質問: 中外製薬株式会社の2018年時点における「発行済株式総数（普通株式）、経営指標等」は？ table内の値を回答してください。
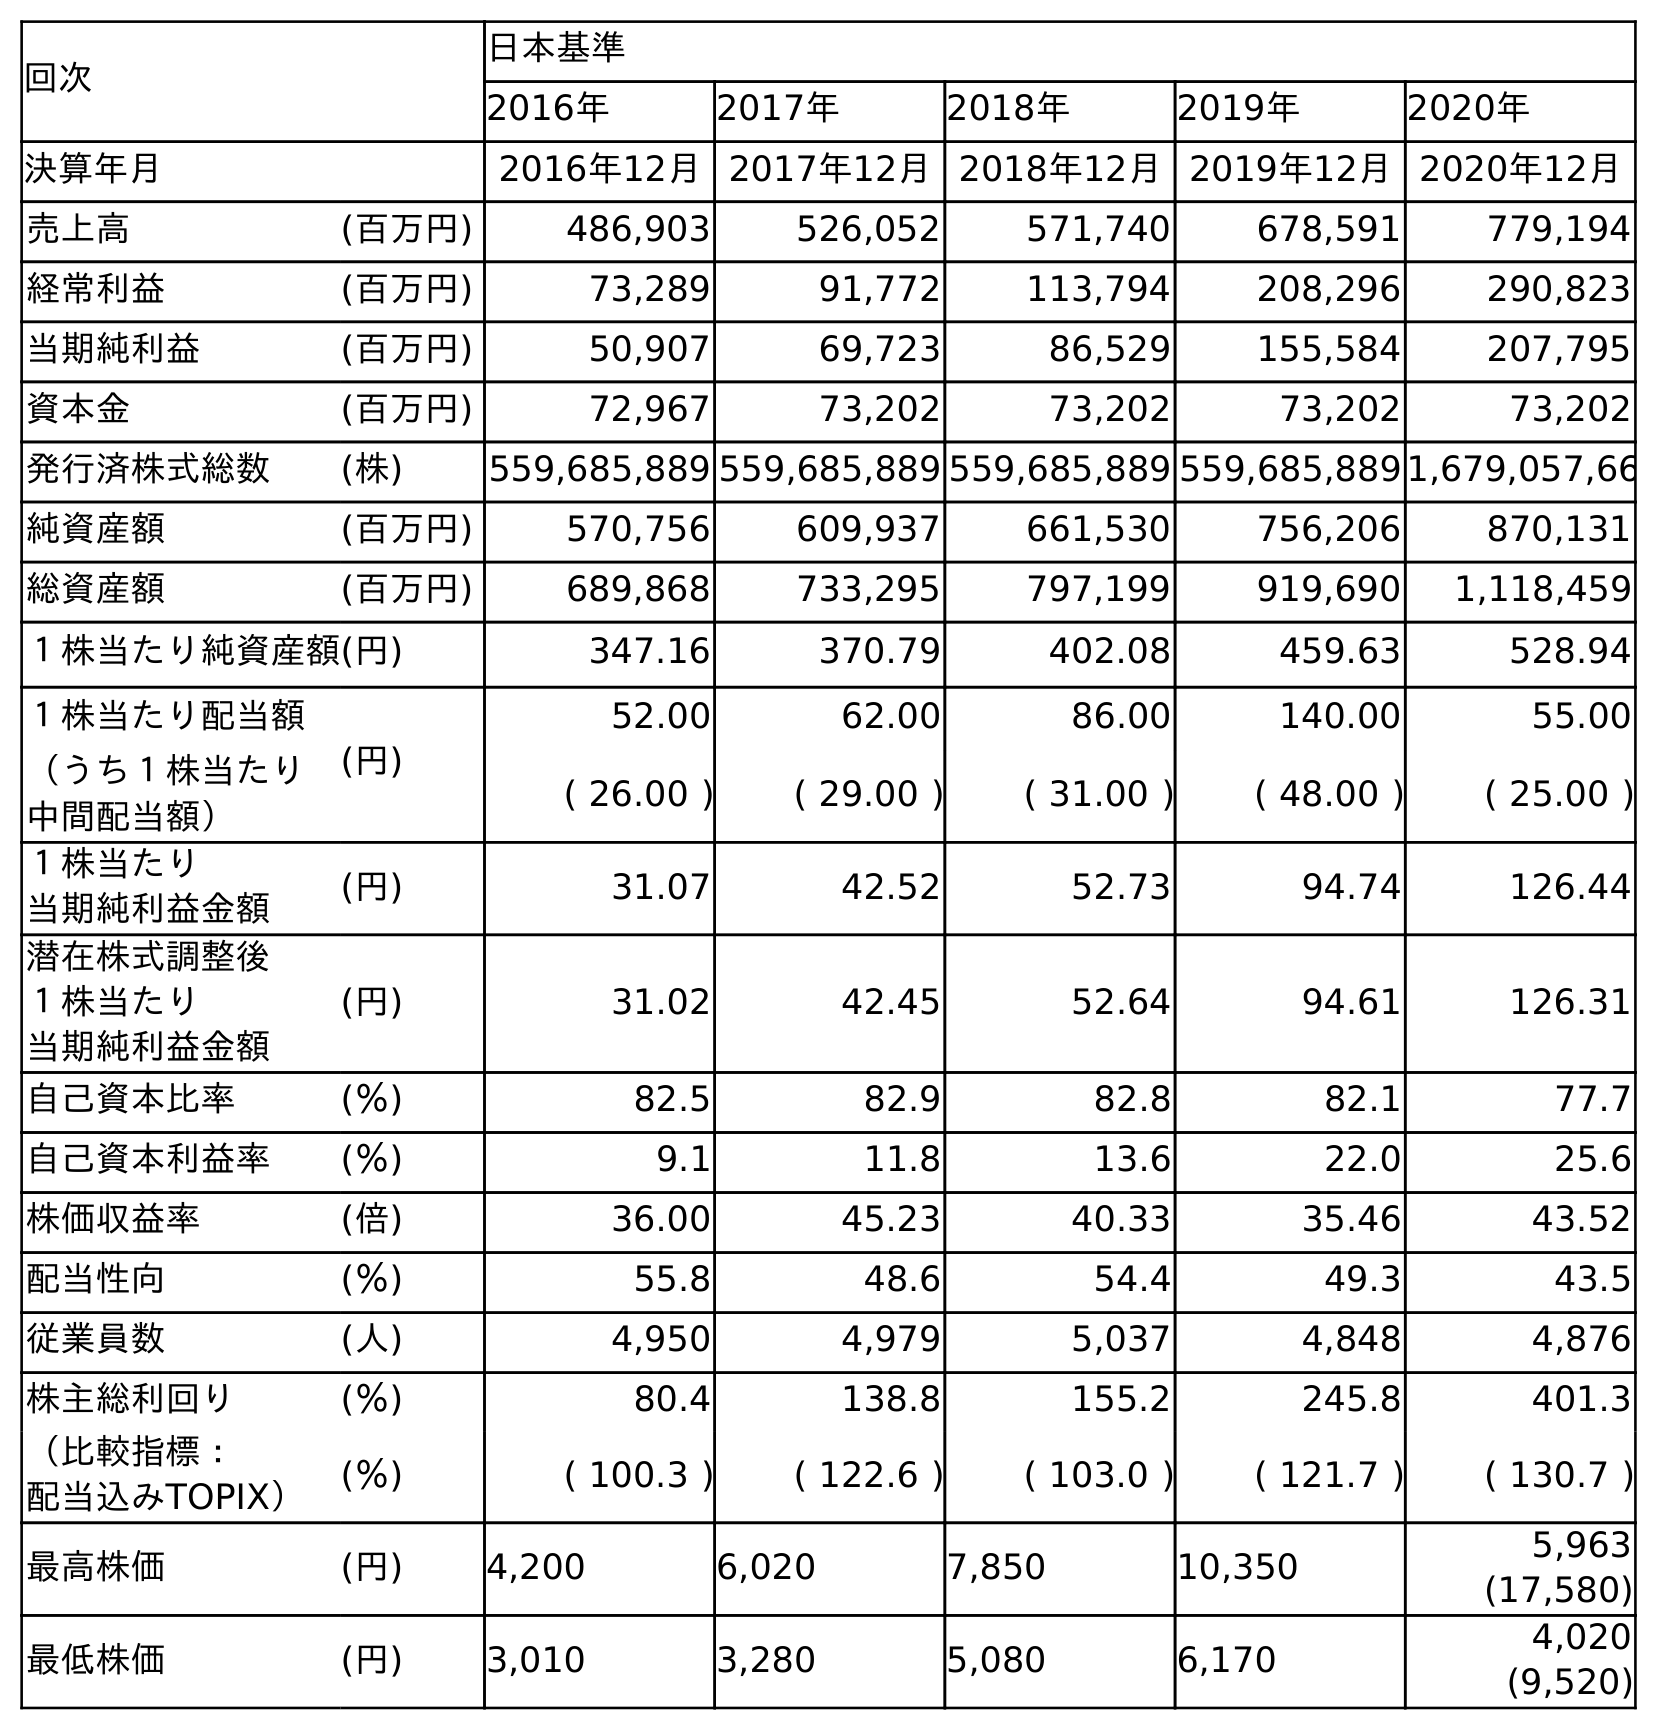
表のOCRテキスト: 回次 日本基準 2016年 2017年 2018年 2019年 2020年 決算年月 2016年12月2017年12月2018年12月2019年12月2020年12月 売上高 (百万円) 486,903 526,052 571,740 678,591 779,194 経常利益 (百万円) 73,289 91,772 113,794 208,296 290,823 当期純利益 (百万円) 50,907 69,723 86,529 155,584 207,795 資本金 (百万円) 72,967 73,202 73,202 73,202 73,202 発行済株式総数 (株) 559,685,889 559,685,889 559,685,889 559,685,8891,679,057,66 純資産額 (百万円) 570,756 609,937 661,530 756,206 870,131 総資産額 (百万円) 689,868 733,295 797,199 919,690 1,118,459 １株当たり純資産額(円) 347.16 370.79 402.08 459.63 528.94 １株当たり配当額 (円) 52.00 62.00 86.00 140.00 55.00 （うち１株当たり 中間配当額） ( 26.00 ) ( 29.00 ) ( 31.00 ) ( 48.00 ) ( 25.00 ) １株当たり 当期純利益金額 (円) 31.07 42.52 52.73 94.74 126.44 潜在株式調整後 １株当たり 当期純利益金額 (円) 31.02 42.45 52.64 94.61 126.31 自己資本比率 (％) 82.5 82.9 82.8 82.1 77.7 自己資本利益率 (％) 9.1 11.8 13.6 22.0 25.6 株価収益率 (倍) 36.00 45.23 40.33 35.46 43.52 配当性向 (％) 55.8 48.6 54.4 49.3 43.5 従業員数 (人) 4,950 4,979 5,037 4,848 4,876 株主総利回り (％) 80.4 138.8 155.2 245.8 401.3 （比較指標： 配当込みTOPIX） (％) ( 100.3 ) ( 122.6 ) ( 103.0 ) ( 121.7 ) ( 130.7 ) 最高株価 (円) 4,200 6,020 7,850 10,350 5,963 (17,580) 最低株価 (円) 3,010 3,280 5,080 6,170 4,020 (9,520)
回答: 559,685,889